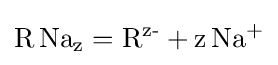
\mathrm {R} \,\mathrm {Na_{\text{z}}} =\mathrm {R} ^{\text{z-}}+\mathrm {z} \,\mathrm {Na^{\text{+}}}